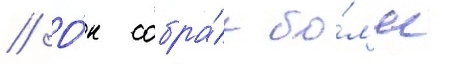
// О́н собра́л бо́л'ее